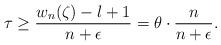
LaTeX: \begin{align*}\tau \geq \frac{w_{n}(\zeta)-l+1}{n+\epsilon}=\theta\cdot \frac{n}{n+\epsilon}.\end{align*}